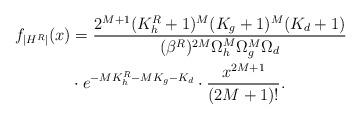
LaTeX: \begin{align*} f_{|H^R|}(x) &= \frac{2^{M+1}(K^R_h+1)^M(K_g+1)^M(K_d+1)}{(\beta^R)^{2M}\Omega_h^{M}\Omega^M_g\Omega_d} \\ & \cdot e^{-MK^R_h-MK_g-K_d}\cdot \frac{x^{2M+1}}{(2M+1)!}. \end{align*}